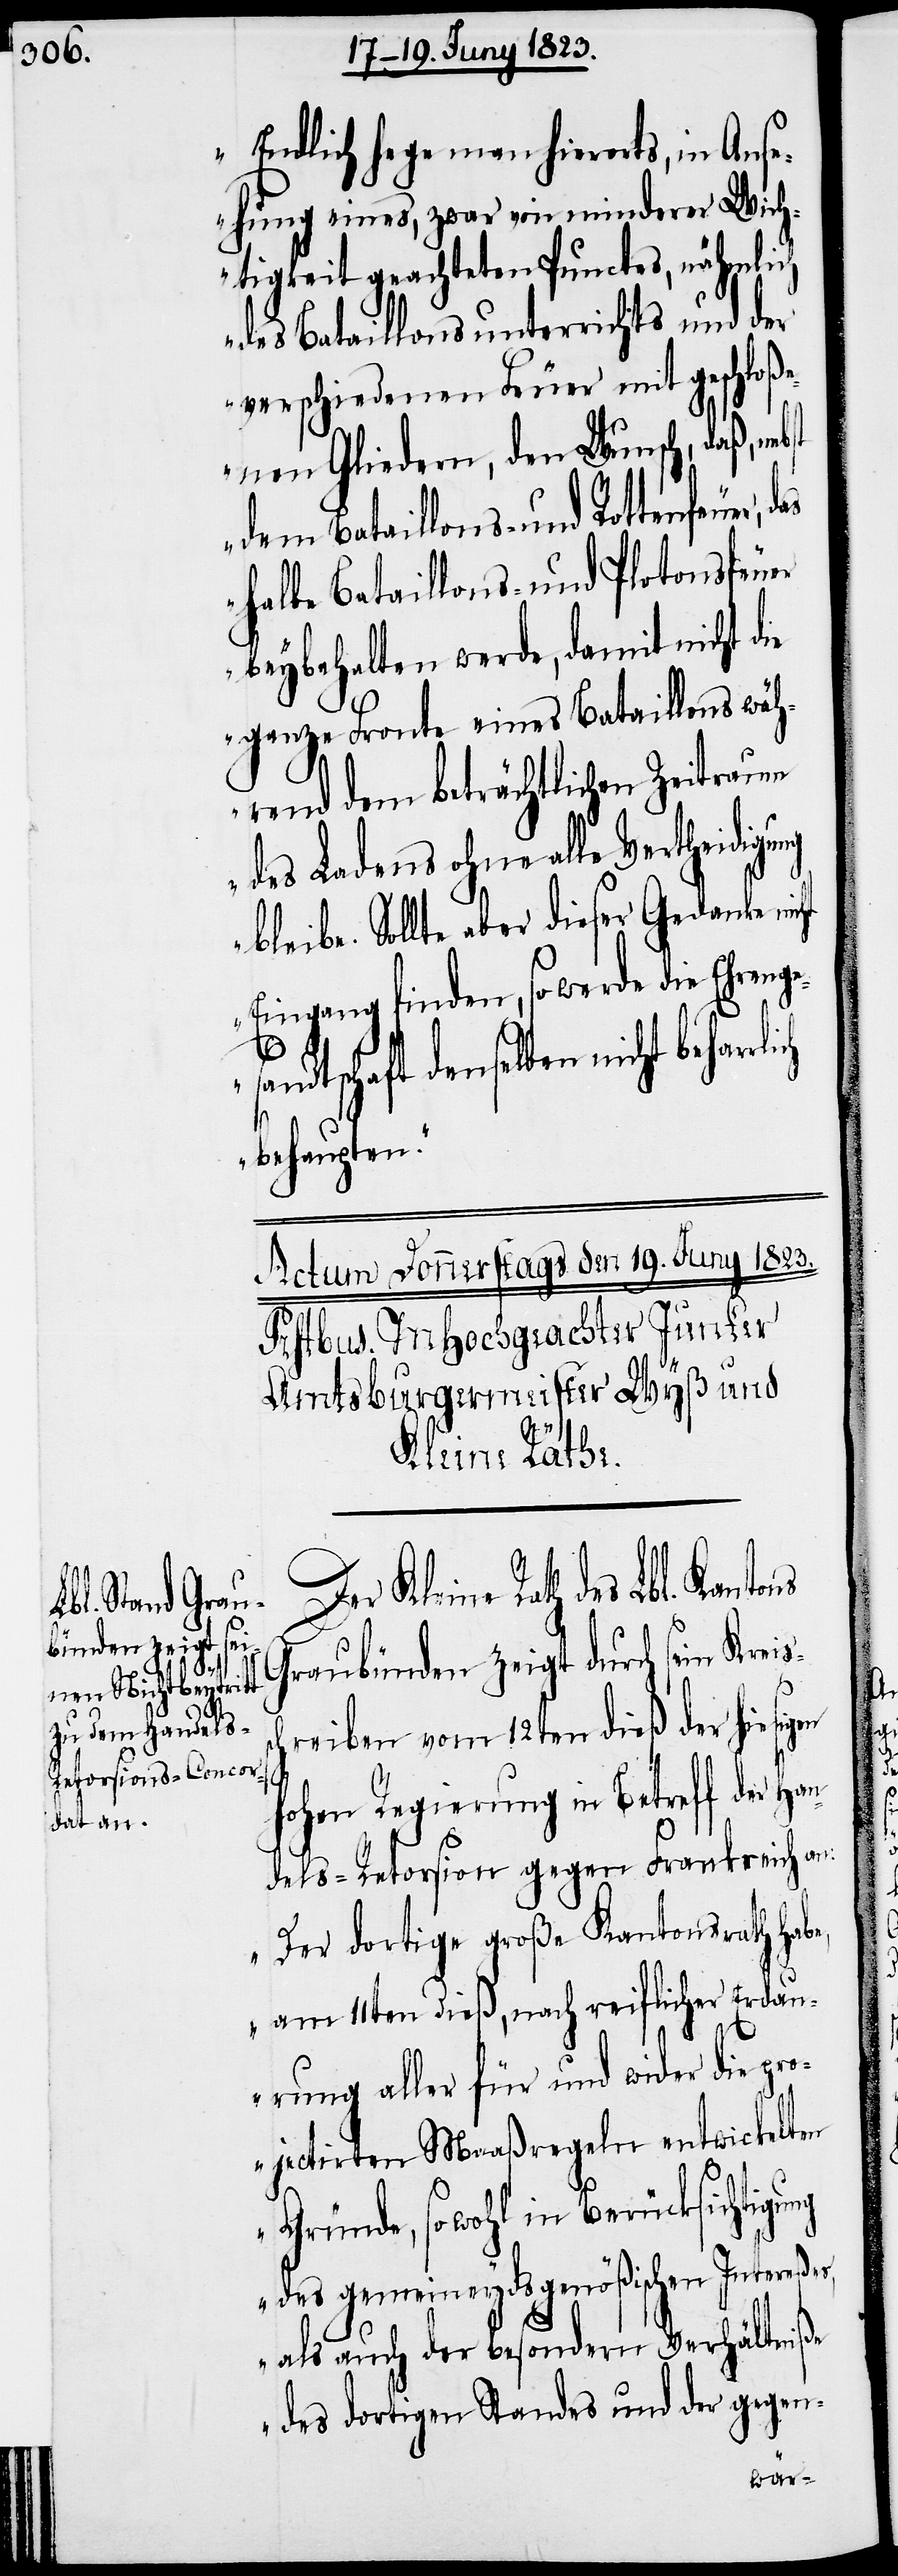
Endlich lege man hierorts, in Ans¬
ehung eines, zwar von minderer Wich¬
tigkeit geachteten Punctes, nähmlich
des Bataillonsunterrichts und der
verschiedenen Feuer mit geschloße¬
nen Gliedern, den Wunsch, daß,
dem Bataillons- und Rottenfeuer,
halbe Bataillons- und Plotonsfeuer
beybehalten werde, damit nicht die
ganze Fronte eines Bataillons wäh¬
rend dem beträchtlichen Zeitraum
des Ladens ohne alle Vertheidigu¬
bleibe. Sollte aber dieser Gedanke nic¬
Eingang finden, so werde die Ehrenge¬
ndtschaft denselben nicht behar¬
rlich
behaupten.“
Kleine Rath des Lbl. Kantons
ng
Graubünden zeigt durch sein Kreis¬
chreiben vom 12ten dieß der hiesig¬
en
hohen Regierung in Betreff der Han¬
dels-Retorsion gegen Frankreich an:
„Der dortige große Kantonsrath habe,
am 11ten dieß, nach reiflicher Erdau¬
rung aller für und wider die pr¬
ojectirten Maaßregeln entwickelten
Gründe, sowohl in Berücksichtigung
des gemeineydsgenößischen Intereßes,
als auch der besondern Verhältniße
des dortigen Standes und der gegen-

sa¬